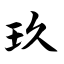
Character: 玖